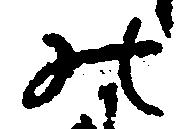
の